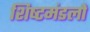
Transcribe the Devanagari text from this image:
शिष्‍टमंडलों